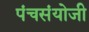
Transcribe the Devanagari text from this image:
पंचसंयोजी